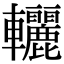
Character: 𨏽